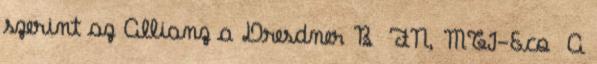
szerint az Allianz a Dresdner B FN, MTI-Eco A